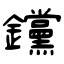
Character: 钂